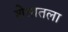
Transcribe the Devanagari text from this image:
शेतातला